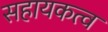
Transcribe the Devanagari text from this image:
सहायकत्व